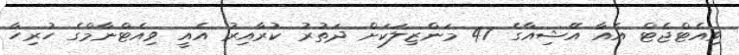
ވިއެޓްޖެޓް އެއާ އޭޝިއާގެ 47 މަންޒިލަކަށް ދަތުރު ކުރާއިރު އެއީ ވިއެޓްނާމްގެ ހުރިހާ